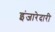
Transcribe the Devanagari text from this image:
इंजारेदारी